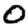
Digit: 0